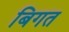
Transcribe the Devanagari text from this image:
बिगत